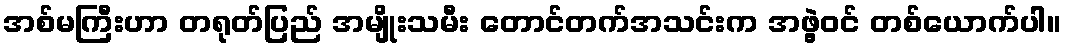
အစ်မကြီးဟာ တရုတ်ပြည် အမျိုးသမီး တောင်တက်အသင်းက အဖွဲ့ဝင် တစ်ယောက်ပါ။